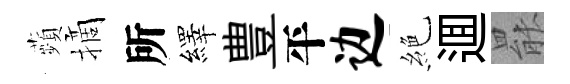
蘋摘所繹豊平边絶逥罷